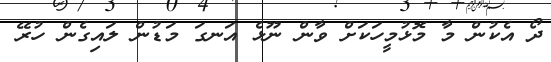
ދޯ އެކުން މާ މޮޅުމީހަކަށް ވާން ނޫޅެ އަނގަ މަޑުން ލައިގެން ހުރޭ